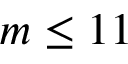
m \le 1 1